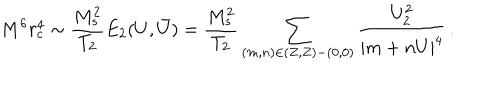
LaTeX: M ^ { 6 } r _ { c } ^ { 4 } \sim \frac { M _ { s } ^ { 2 } } { T _ { 2 } } E _ { 2 } ( U , \bar { U } ) = \frac { M _ { s } ^ { 2 } } { T _ { 2 } } \sum _ { ( m , n ) \in ( Z , Z ) - ( 0 , 0 ) } \frac { U _ { 2 } ^ { 2 } } { | m + n U | ^ { 4 } } \, .